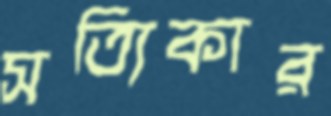
সত্যিকার